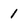
Character: 1